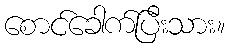
စောင်ခေါက်ပြီးသား။